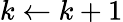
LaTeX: k\leftarrow k+1